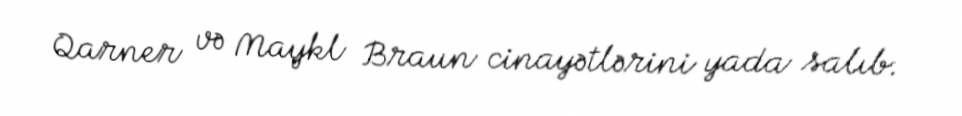
Qarner və Maykl Braun cinayətlərini yada salıb.